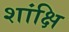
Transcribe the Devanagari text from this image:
शांक्षि